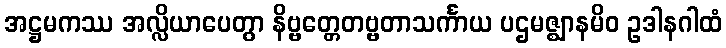
အဋ္ဌမကဿ အလ္လိယာပေတွာ နိဗ္ဗတ္တေတဗ္ဗတာသင်္ကာယ ပဌမဇ္ဈာနမိဝ ဥဒါနဂါထံ